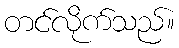
တင်လိုက်သည်။